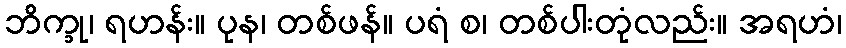
ဘိက္ခု၊ ရဟန်း။ ပုန၊ တစ်ဖန်။ ပရံ စ၊ တစ်ပါးတုံလည်း။ အရဟံ၊